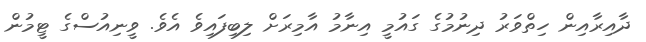
ދާއިރާއިން ހިތްވަރު ދިނުމުގެ ގައުމީ އިނާމު އާމިރަށް ލިބިފައިވެ އެވެ. ވީނިއުސްގެ ޓީމުން